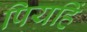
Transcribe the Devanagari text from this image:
पियहिं